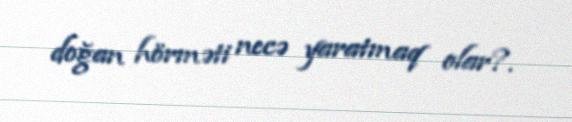
doğan hörməti necə yaratmaq olar?.